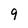
Character: 9